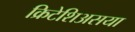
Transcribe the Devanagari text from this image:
क्रिटेशिअसया